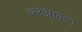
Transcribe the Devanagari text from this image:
ब्लेआक्त्न